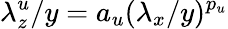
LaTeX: \lambda_{z}^{u}/y=a_{u}(\lambda_{x}/y)^{p_{u}}